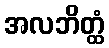
အလဘိတ္ထံ